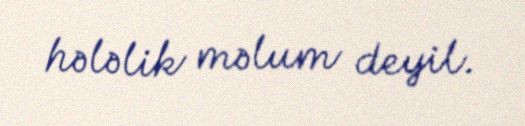
hələlik məlum deyil.